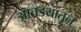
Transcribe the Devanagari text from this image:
आतडयातून